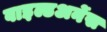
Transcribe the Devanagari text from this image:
वाइल्डअर्नेस